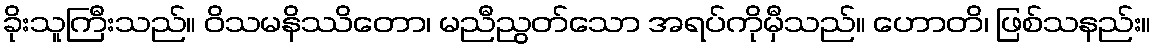
ခိုးသူကြီးသည်။ ဝိသမနိဿိတော၊ မညီညွတ်သော အရပ်ကိုမှီသည်။ ဟောတိ၊ ဖြစ်သနည်း။